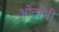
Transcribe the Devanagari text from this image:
ओठांनी